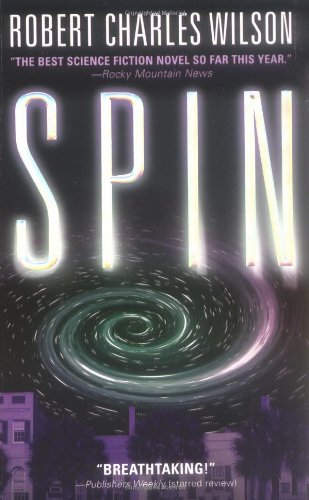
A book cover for Spin; Robert Charles Wilson; Science Fiction & Fantasy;